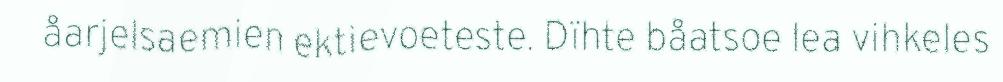
åarjelsaemien ektievoeteste. Dïhte båatsoe lea vihkeles